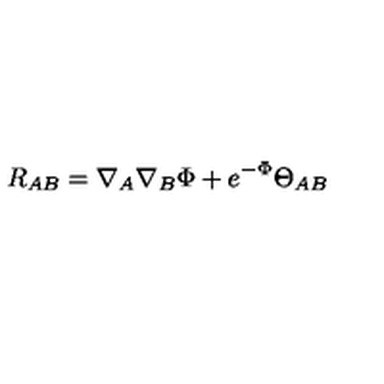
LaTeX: R _ { A B } = \nabla _ { A } \nabla _ { B } \Phi + e ^ { - \Phi } \Theta _ { A B }